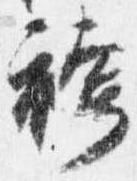
袴